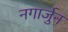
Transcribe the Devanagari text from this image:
नगार्जुन